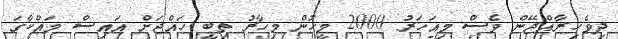
ދިވެހިރާއްޖޭން ވެސް މިއަހަރު 2000 މީހުން މިހާރު ތިބީ ހައްޖަށް އައިސް މައްކާގަ